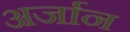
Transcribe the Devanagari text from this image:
अर्जान